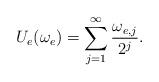
LaTeX: \begin{align*}U_e(\omega_e)=\sum_{j=1}^\infty \frac{\omega_{e,j}}{2^j}.\end{align*}